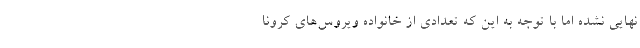
نهایی نشده اما با توجه به این که تعدادی از خانواده ویروس‌های کرونا